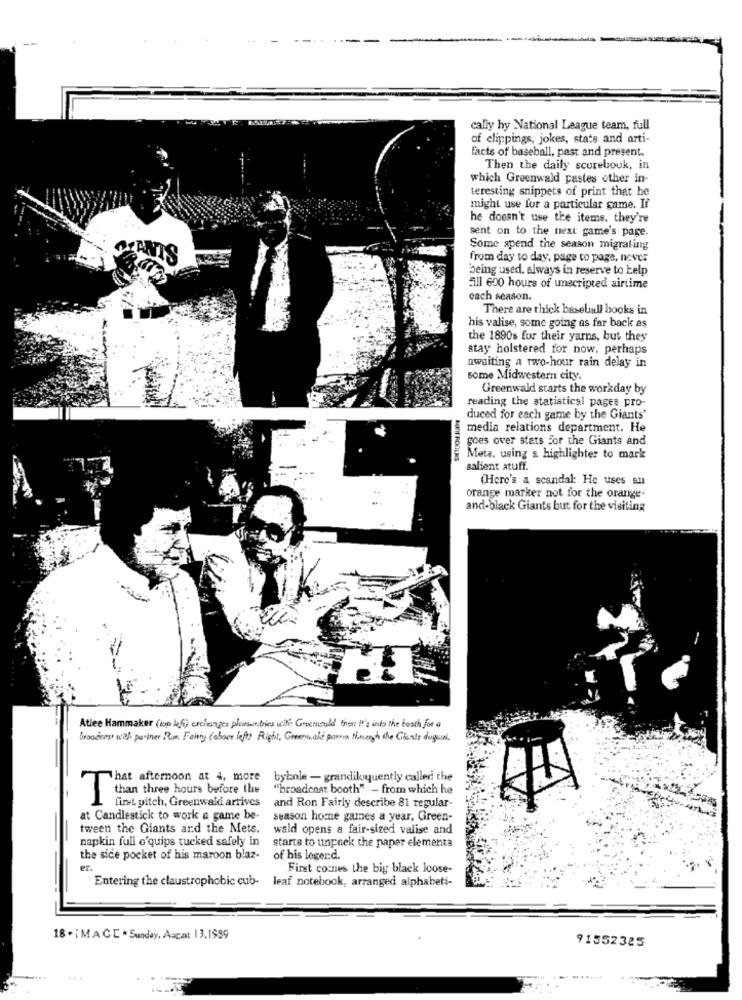
cally hy National League team, full
of clippings, jokes, stats and arti-
facts of baseball, past and present.
Then the daily scorebouk, in
which Greenwald pastes other in-
teresting snippets of print that he
might use for a particular game. If
he doesn't use the items. they're
sent on to the next game's page.
Some spend the season migrating
FIANTS
from day to day, page to page, never
being used. always in reserve to help
511 600 hours of unscripted airtime
cach season.
There are thick baseball books in
his valise, some going as far back as
the 1890s for their yarns, but they
stay holstered for now, perhaps
awaiting a two-hour rain delay in
some Midwestern city.
Greenwald starts the workday by
reading the statistical pages pro-
duced for each game by the Giants'
media relations department. He
goes over stats for the Giants and
Meta, using s highlighter to mark
salient atuff.
(Here's a scandal: He uses en
orange marker not for the orange-
and-black Giants but for the visiting
Atlee Hammaker (so Why exchanges please ties vai Greenwald then It's into the booth for a
broadcast with partner Rum Feling (abour left Right, Greenwald parmin tonoeugh the Gicas duguinl.
That afternoon at 4, more
bybole - grandiloquently called the
"broadenat booth" -- from which he
Than three hours before the
first pitch, Greenwald arrives
and Ron Fairly describe 81 regular-
at Candlestick to work a game be-
season home games a year, Green-
tween the Giants ard the Mets.
wald opens a fair-sized valise and
napkin full o'quips tucked safely in
starte to unpack the paper elementa
the side pocket of his maroon blaz-
of his loger.d.
er.
First comnes the big black loose-
Entering the claustrophobic cub- leaf notebook, arranged alphabeti-
18 .iMACC * Sunday, Aacast 13.1999
91552325
...